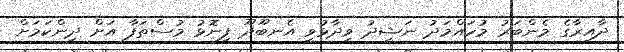
ދާއިރާގެ މެންބަރު މުހައްމަދު ނަޝީދު ވިދާޅުވީ އެނބޫދޫ ފިނޮޅު މުސްތަފާ އަށް ދިންކަމަށް